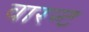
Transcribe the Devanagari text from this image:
वारन्‍ट